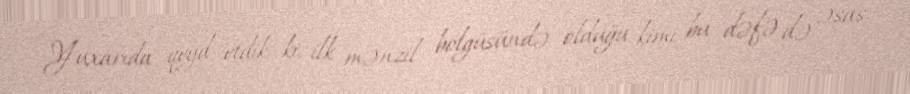
Yuxarıda qeyd etdik ki, ilk mənzil bölgüsündə olduğu kimi bu dəfə də əsas